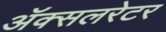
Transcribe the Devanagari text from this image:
ॲक्सलरेटर